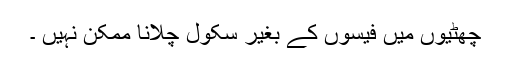
چھٹیوں میں فیسوں کے بغیر سکول چلانا ممکن نہیں ۔